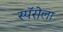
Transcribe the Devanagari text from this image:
स्पॅरोला